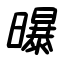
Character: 曝